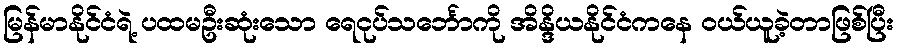
မြန်မာနိုင်ငံရဲ့ ပထမဦးဆုံးသော ရေငုပ်သင်္ဘောကို အိန္ဒိယနိုင်ငံကနေ ဝယ်ယူခဲ့တာဖြစ်ပြီး